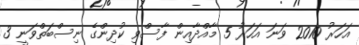
އަހަރު 2010 ވަނަ އަހަރު 5 މާއްދާއިން ފާސްވި ކުދިންގެ ނިސްބަތްވަނީ 3